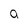
Character: a